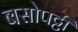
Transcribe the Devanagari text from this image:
बसोपट्टी